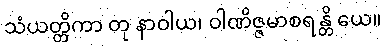
သံယတ္တိကာ တု နာဝါယ၊ ဝါဏိဇ္ဇမာစရန္တိ ယေ။